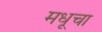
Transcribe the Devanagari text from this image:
मधूचा